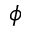
\phi